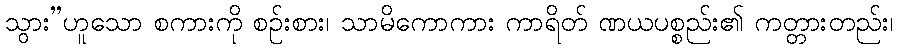
သွား”ဟူသော စကားကို စဉ်းစား၊ သာမိကောကား ကာရိတ် ဏယပစ္စည်း၏ ကတ္တားတည်း၊